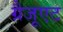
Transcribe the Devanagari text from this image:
ग्रैजूएट